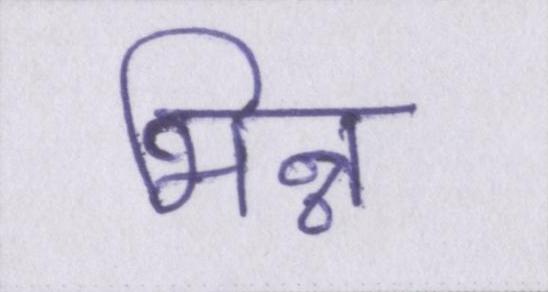
भिन्न